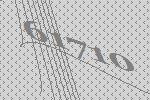
61710